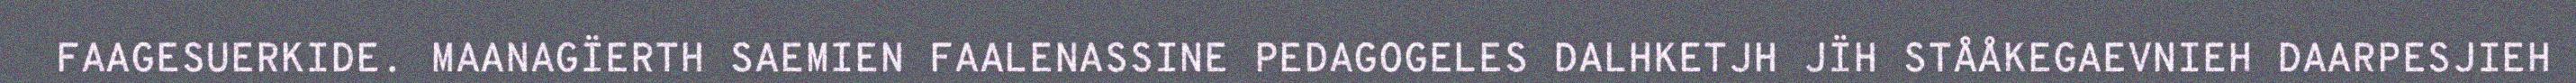
FAAGESUERKIDE. MAANAGÏERTH SAEMIEN FAALENASSINE PEDAGOGELES DALHKETJH JÏH STÅÅKEGAEVNIEH DAARPESJIEH